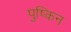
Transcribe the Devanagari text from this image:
पुष्किन